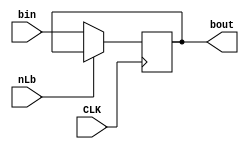
module Register_B(nLb, CLK, bin, bout);
input CLK, nLb; //Inputs from the block diagram
input [7:0] bin; //8 bits from W bus

output [7:0] bout; //8 bits going to Adder/Subtractor

reg [7:0] bout; //Registers to hold the data going to the Addder/Subtractor

always @ (posedge CLK)

  begin 
  if(!nLb) //When nLb is low and a pos CLK edge loads the word from the W bus into Register B
    bout = bin;
  end

endmodule